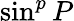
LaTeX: \sin^{p}P